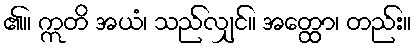
၏။ ဣတိ အယံ၊ သည်လျှင်။ အတ္ထော၊ တည်း။